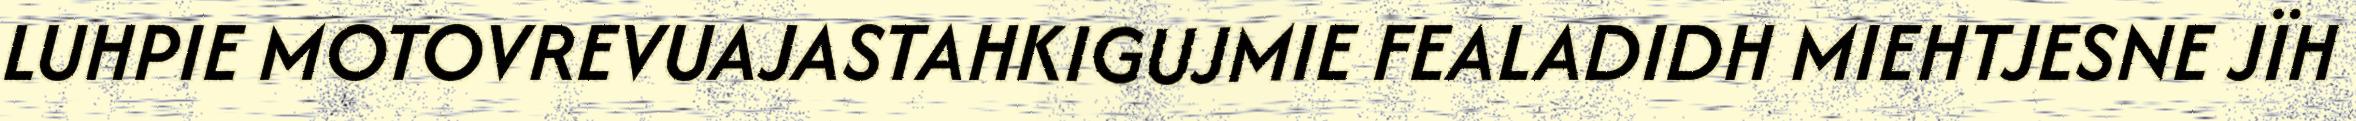
LUHPIE MOTOVREVUAJASTAHKIGUJMIE FEALADIDH MIEHTJESNE JÏH